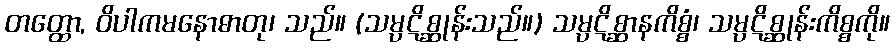
တတ္ထော, ဝိပါကမနောဓာတု၊ သည်။ (သမ္ပဋိစ္ဆုန်းသည်။) သမ္ပဋိစ္ဆာနကိစ္စံ၊ သမ္ပဋိစ္ဆုန်းကိစ္စကို။